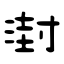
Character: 湗